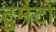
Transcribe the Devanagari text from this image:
टुमैटो